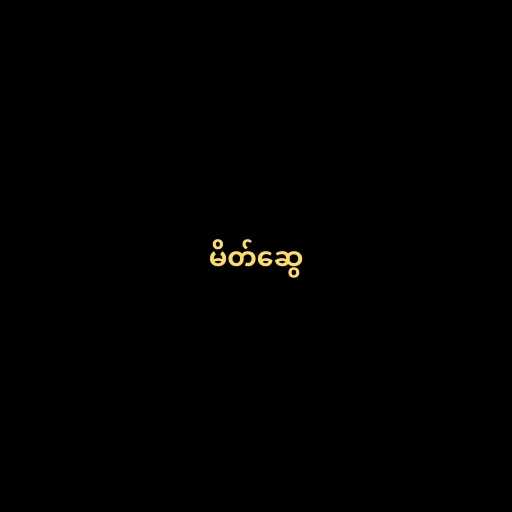
မိတ်ဆွေ